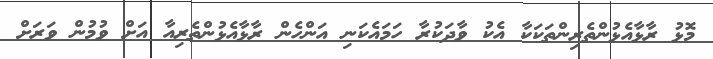
މޮޅު ރާޅާއެޅުންތެރިންތަކަކާ އެކު ވާދަކުރާ ހަމައެކަނި އަންހެން ރާޅާއެޅުންތެރިއާ އަށް ވުމުން ވަރަށް